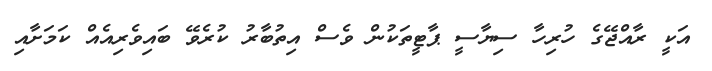
އަކީ ރާއްޖޭގެ ހުރިހާ ސިޔާސީ ޕާޓީތަކުން ވެސް އިތުބާރު ކުރެވޭ ބައިވެރިއެއް ކަމަށާއި